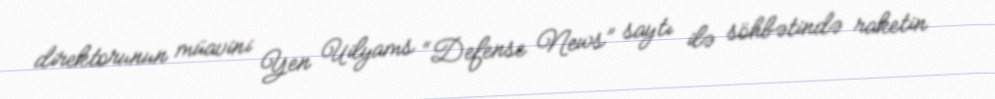
direktorunun müavini Yen Uilyams “Defense News” saytı ilə söhbətində raketin